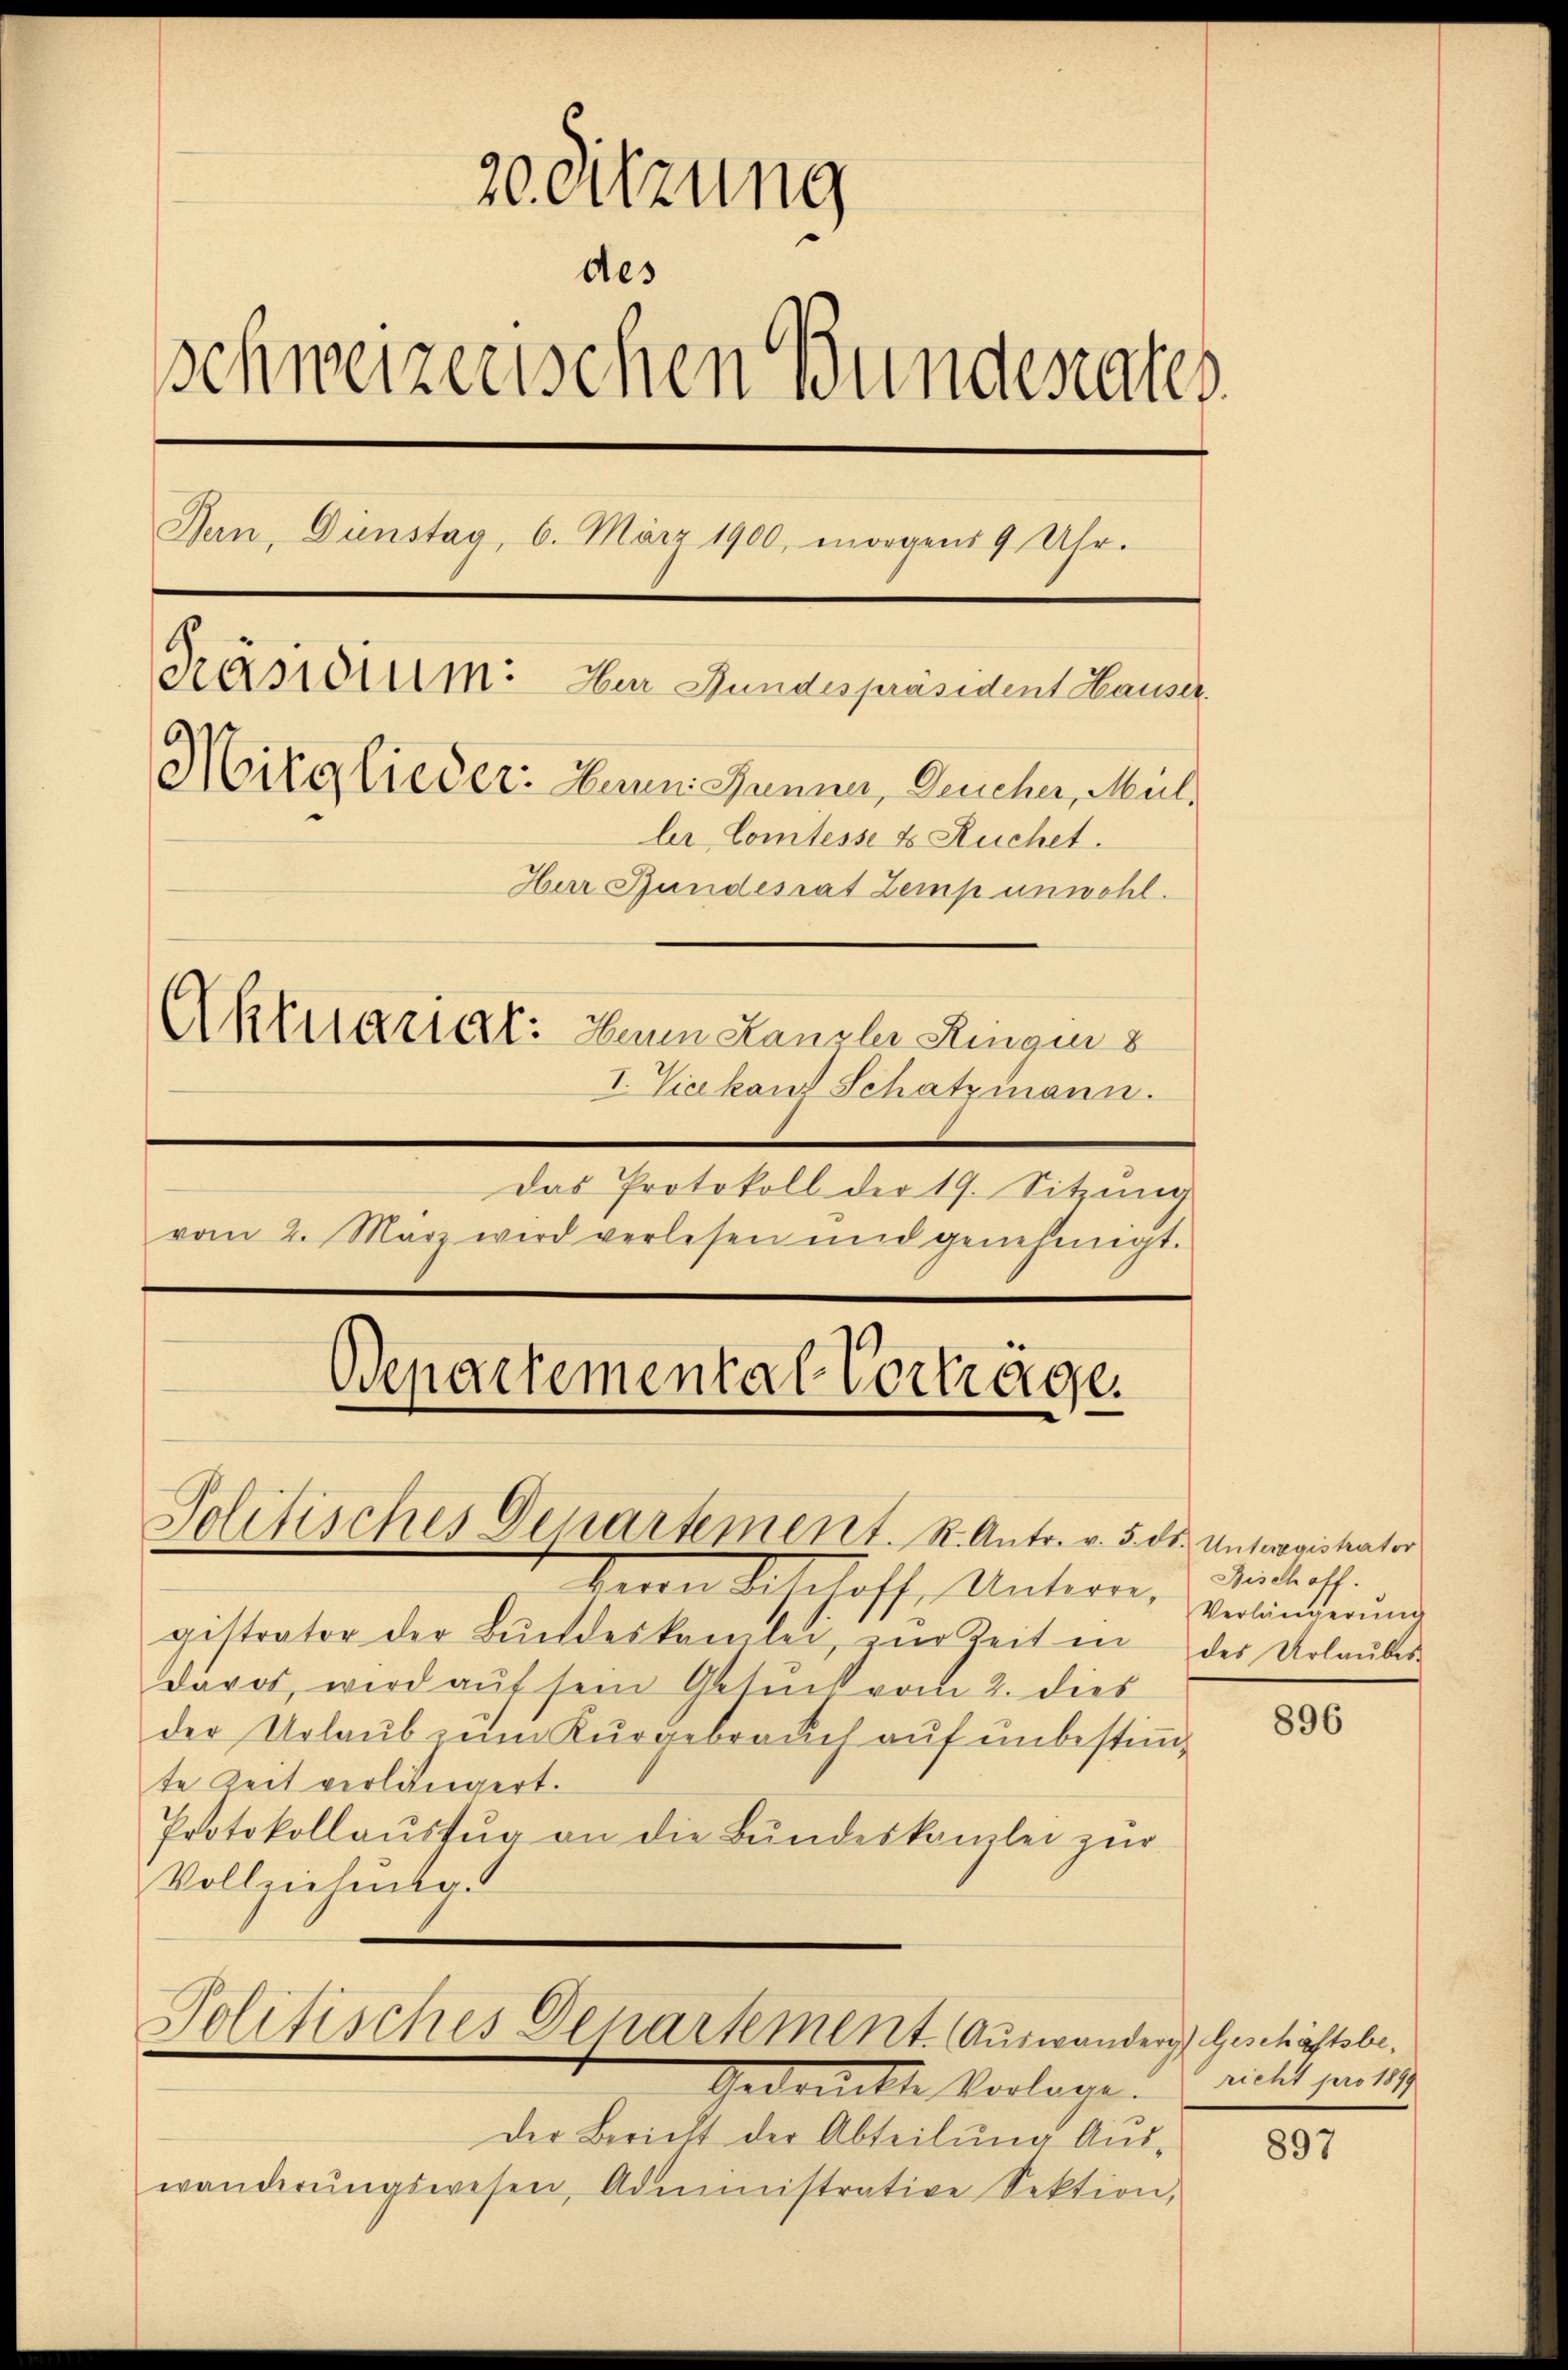
20. Sitzung
des
schweizerischen Bundesrates.
Bern, Dienstag, 6. März 1900, morgens 9 Uhr.
Präsidium: Zur Stundespräsident Hauser.
Mitglieder: Dann Manner, Deucher, Mül.
ler Comtesse & Ruchet.
Herr Bundesrat Zemp unwohl.
Aktuarial. Dann Kanzler Ringen s
I. Vicekan Schatzmann.

Das Protokoll der 19. Sitzung
vom 2. März wird verlesen und genehmigt.

Departemental Vorträge.
Politisches Departement. K. Antr. v. 5. Dr. Unterovistater

duen Schloff, Untern, Erbinderung
gistrator der Bŭndeskamlei, zŭr Zeit in des Urlaŭbes
davor, wird auf sein Gesuch vom 2. dies
der Urlaŭb zŭm Kŭrgebrauch aŭf ŭnbestimte Zeit verlängert.
Protokollaŭszŭg an die Bŭndeskanzlei zŭr
Vollziehung.
Politisches Departement. Auswander Geschäftsbe¬

Gedruckte Vorlage. Viell partet

Der Bericht der Abteilung Auswänderŭngswesen Administrative Sektion,

Bisch off.

896

897